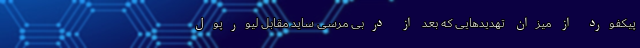
پیکفورد از میزان تهدیدهایی که بعد از دربی مرسی ساید مقابل لیورپول